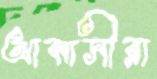
আব্বাসীরা